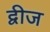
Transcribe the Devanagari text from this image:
द्वीज